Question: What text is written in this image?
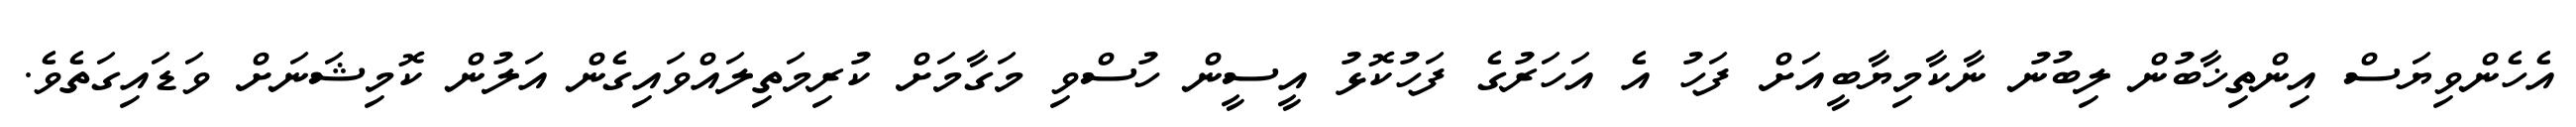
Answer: އެހެންވިޔަސް އިންތިޚާބުން ލިބުނު ނާކާމިޔާބީއަށް ފަހު އެ އަހަރުގެ ފަހުކޮޅު އީސީން ހުސްވި މަގާމަށް ކުރިމަތިލައްވައިގެން އަލުން ކޮމިޝަނަށް ވަޑައިގަތެވެ.